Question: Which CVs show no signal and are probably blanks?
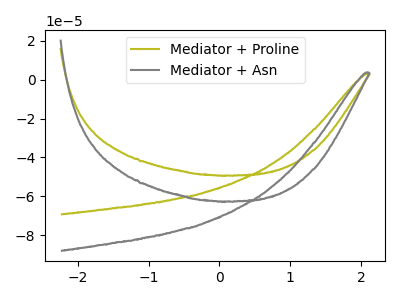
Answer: <think>The olive curve "Mediator + Proline" has no peaks. The gray curve "Mediator + Asn" has no peaks.</think>
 <answer>"Mediator + Proline" and "Mediator + Asn" are likely to be blanks.</answer>
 <eval>"Mediator + Proline", "Mediator + Asn"</eval>